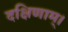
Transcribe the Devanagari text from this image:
दक्षिणाम्‌।